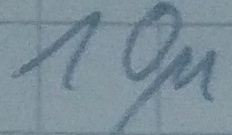
Text: 10µ